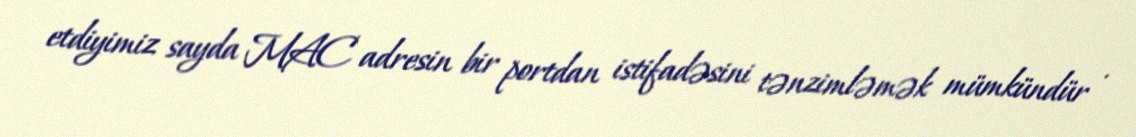
etdiyimiz sayda MAC adresin bir portdan istifadəsini tənzimləmək mümkündür .